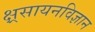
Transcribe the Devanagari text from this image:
क्ष्रसायनविज्ञान